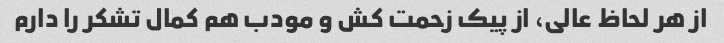
از هر لحاظ عالی، از پیک زحمت کش و مودب هم کمال تشکر را دارم